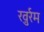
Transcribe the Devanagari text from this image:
ख़ुर्रम